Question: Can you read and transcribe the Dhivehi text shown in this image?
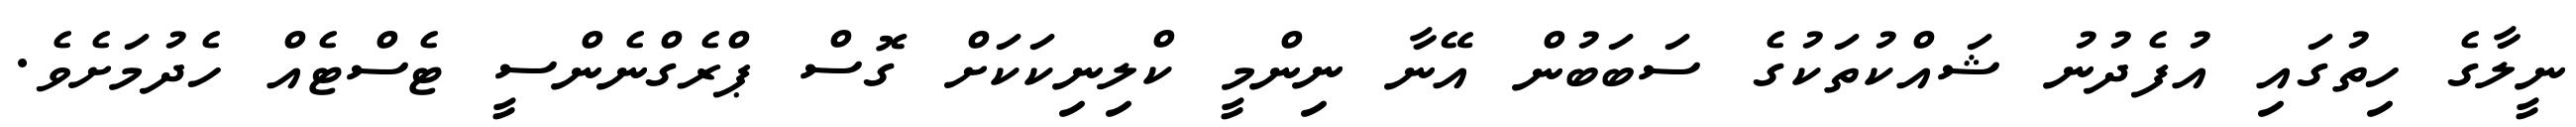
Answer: ނީލާގެ ހިތުގައި އުފެދުނު ޝައްކުތަކުގެ ސަބަބުން އޭނާ ނިންމީ ކްލިނިކަކަށް ގޮސް ޕްރެގްނެންސީ ޓެސްޓެއް ހެދުމަށެވެ.